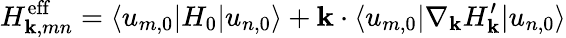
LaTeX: H_{\mathbf{k},mn}^{\mathrm{{eff}}}=\langle u_{m,0}|H_{0}|u_{n,0}\rangle+\mathbf{k}\cdot\langle u_{m,0}|\nabla_{\mathbf{k}}H_{\mathbf{k}}^{\prime}|u_{n,0}\rangle